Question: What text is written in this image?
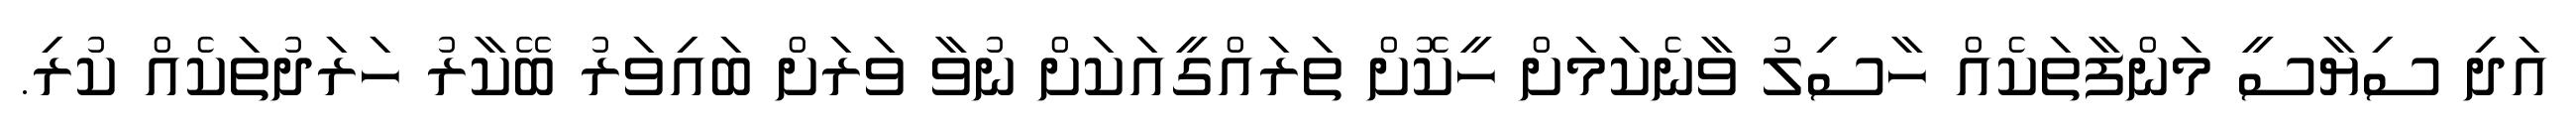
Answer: އަދި ސިޔާސީ މަންފާތަކެއް ހާސިލު ވާނެކަމަށް ހީކޮށް ތަރައްގީއަކަށް ނުވާ ވަރަށް ބައިވަރު ބޭކާރު ހަރަދުތަކެއް ކުރި.